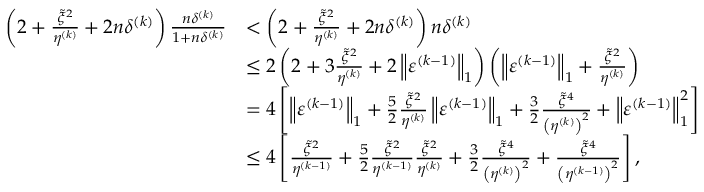
\begin{array} { r l } { \left( 2 + \frac { \tilde { \xi } ^ { 2 } } { \eta ^ { ( k ) } } + 2 n \delta ^ { ( k ) } \right) \frac { n \delta ^ { ( k ) } } { 1 + n \delta ^ { ( k ) } } } & { < \left( 2 + \frac { \tilde { \xi } ^ { 2 } } { \eta ^ { ( k ) } } + 2 n \delta ^ { ( k ) } \right) n \delta ^ { ( k ) } } \\ & { \leq 2 \left( 2 + 3 \frac { \tilde { \xi } ^ { 2 } } { \eta ^ { ( k ) } } + 2 \left\| \varepsilon ^ { ( k - 1 ) } \right\| _ { 1 } \right) \left( \left\| \varepsilon ^ { ( k - 1 ) } \right\| _ { 1 } + \frac { \tilde { \xi } ^ { 2 } } { \eta ^ { ( k ) } } \right) } \\ & { = 4 \left[ \left\| \varepsilon ^ { ( k - 1 ) } \right\| _ { 1 } + \frac { 5 } { 2 } \frac { \tilde { \xi } ^ { 2 } } { \eta ^ { ( k ) } } \left\| \varepsilon ^ { ( k - 1 ) } \right\| _ { 1 } + \frac { 3 } { 2 } \frac { \tilde { \xi } ^ { 4 } } { \left( \eta ^ { ( k ) } \right) ^ { 2 } } + \left\| \varepsilon ^ { ( k - 1 ) } \right\| _ { 1 } ^ { 2 } \right] } \\ & { \leq 4 \left[ \frac { \tilde { \xi } ^ { 2 } } { \eta ^ { ( k - 1 ) } } + \frac { 5 } { 2 } \frac { \tilde { \xi } ^ { 2 } } { \eta ^ { ( k - 1 ) } } \frac { \tilde { \xi } ^ { 2 } } { \eta ^ { ( k ) } } + \frac { 3 } { 2 } \frac { \tilde { \xi } ^ { 4 } } { \left( \eta ^ { ( k ) } \right) ^ { 2 } } + \frac { \tilde { \xi } ^ { 4 } } { \left( \eta ^ { ( k - 1 ) } \right) ^ { 2 } } \right] , } \end{array}